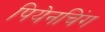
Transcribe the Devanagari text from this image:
पियेनचिंग